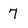
Character: 7